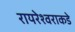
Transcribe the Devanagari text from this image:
रायरेश्वराकडे